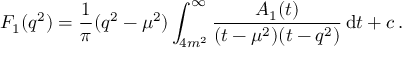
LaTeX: F _ { 1 } ( q ^ { 2 } ) = \frac { 1 } { \pi } ( q ^ { 2 } - \mu ^ { 2 } ) \int _ { 4 m ^ { 2 } } ^ { \infty } \frac { A _ { 1 } ( t ) } { ( t - \mu ^ { 2 } ) ( t - q ^ { 2 } ) } \, \mathrm { d } t + c \, .